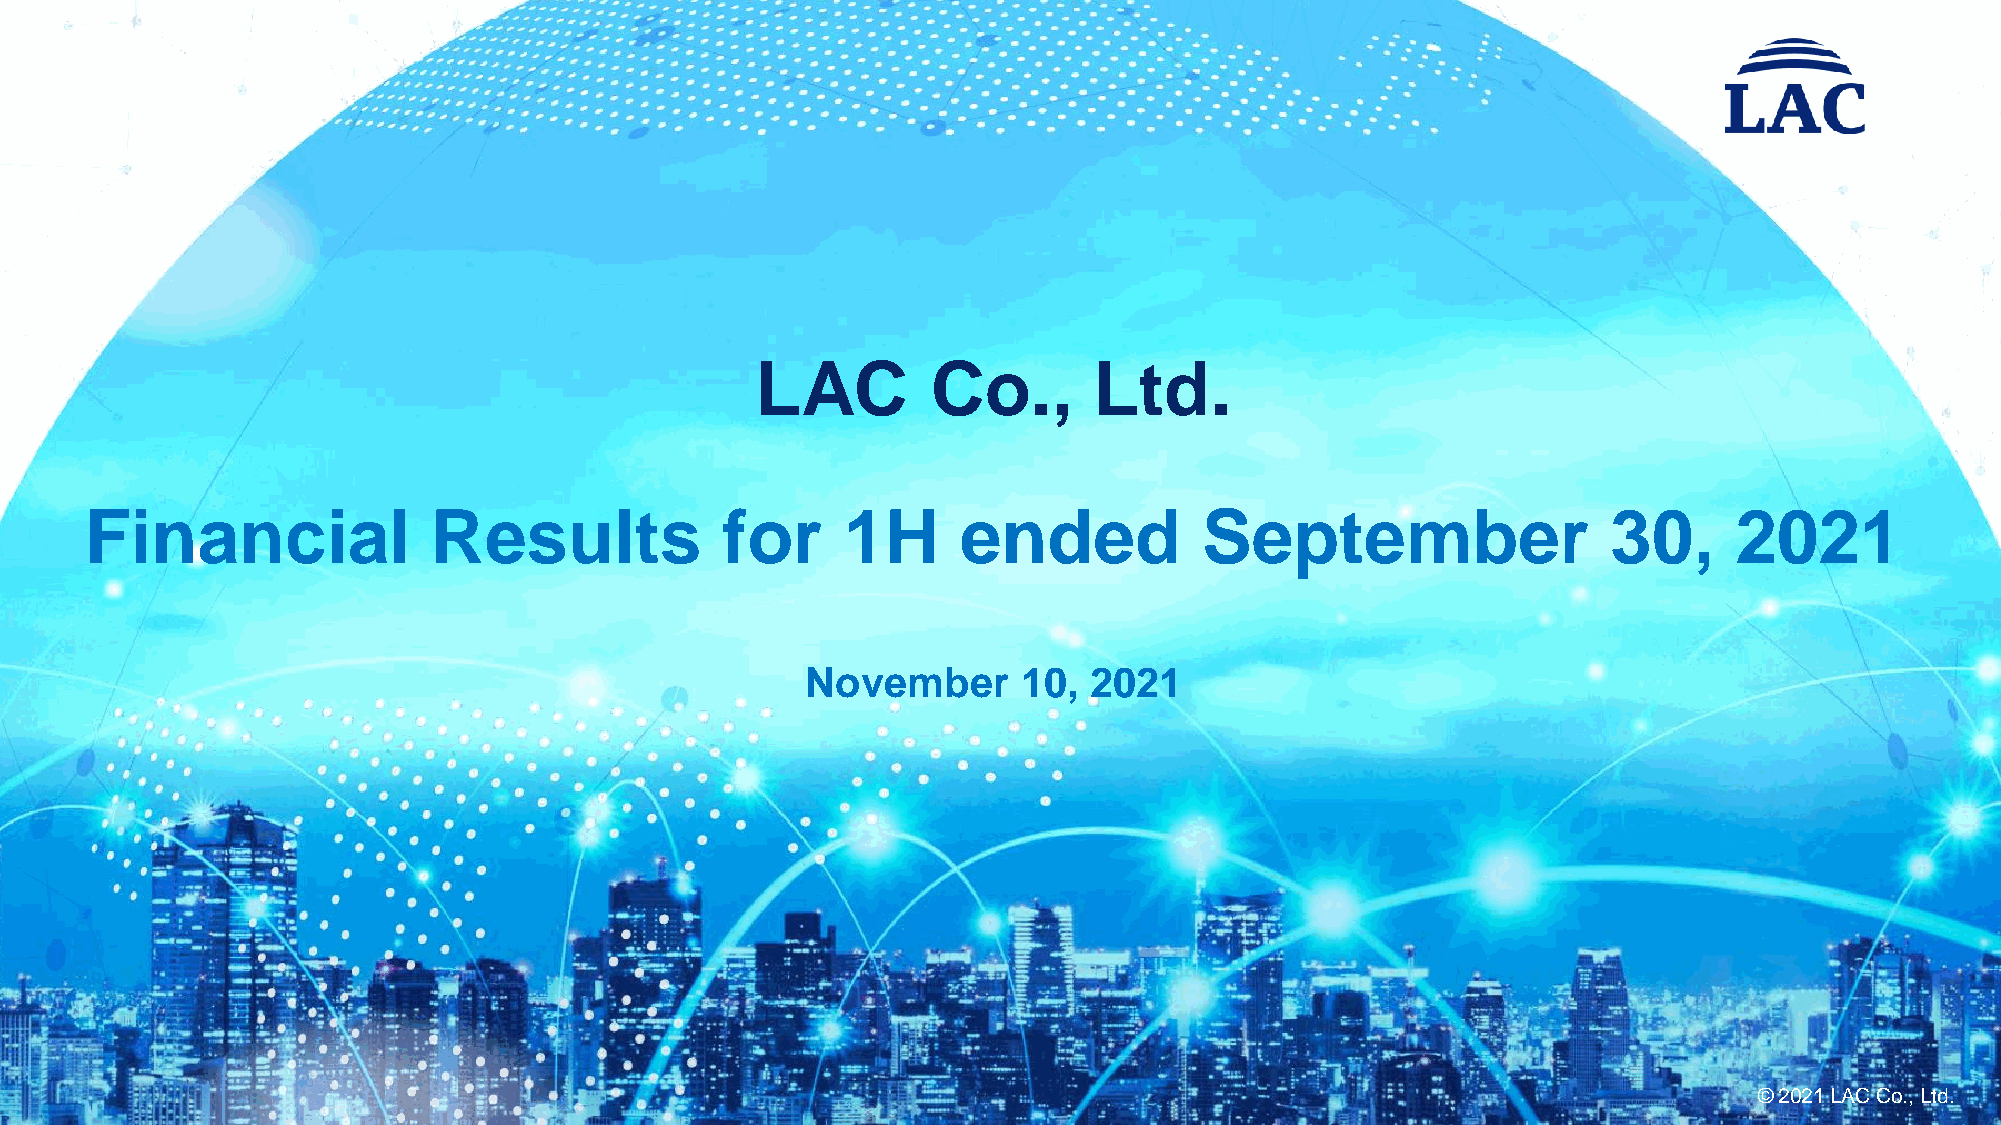
LAC         Co.,      Ltd.
 Financial              Results            for     1H      ended           September                  30,     2021
 November       10, 2021
 ©© 22002211 LLAACC CCoo..,, LLttdd..